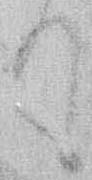
て